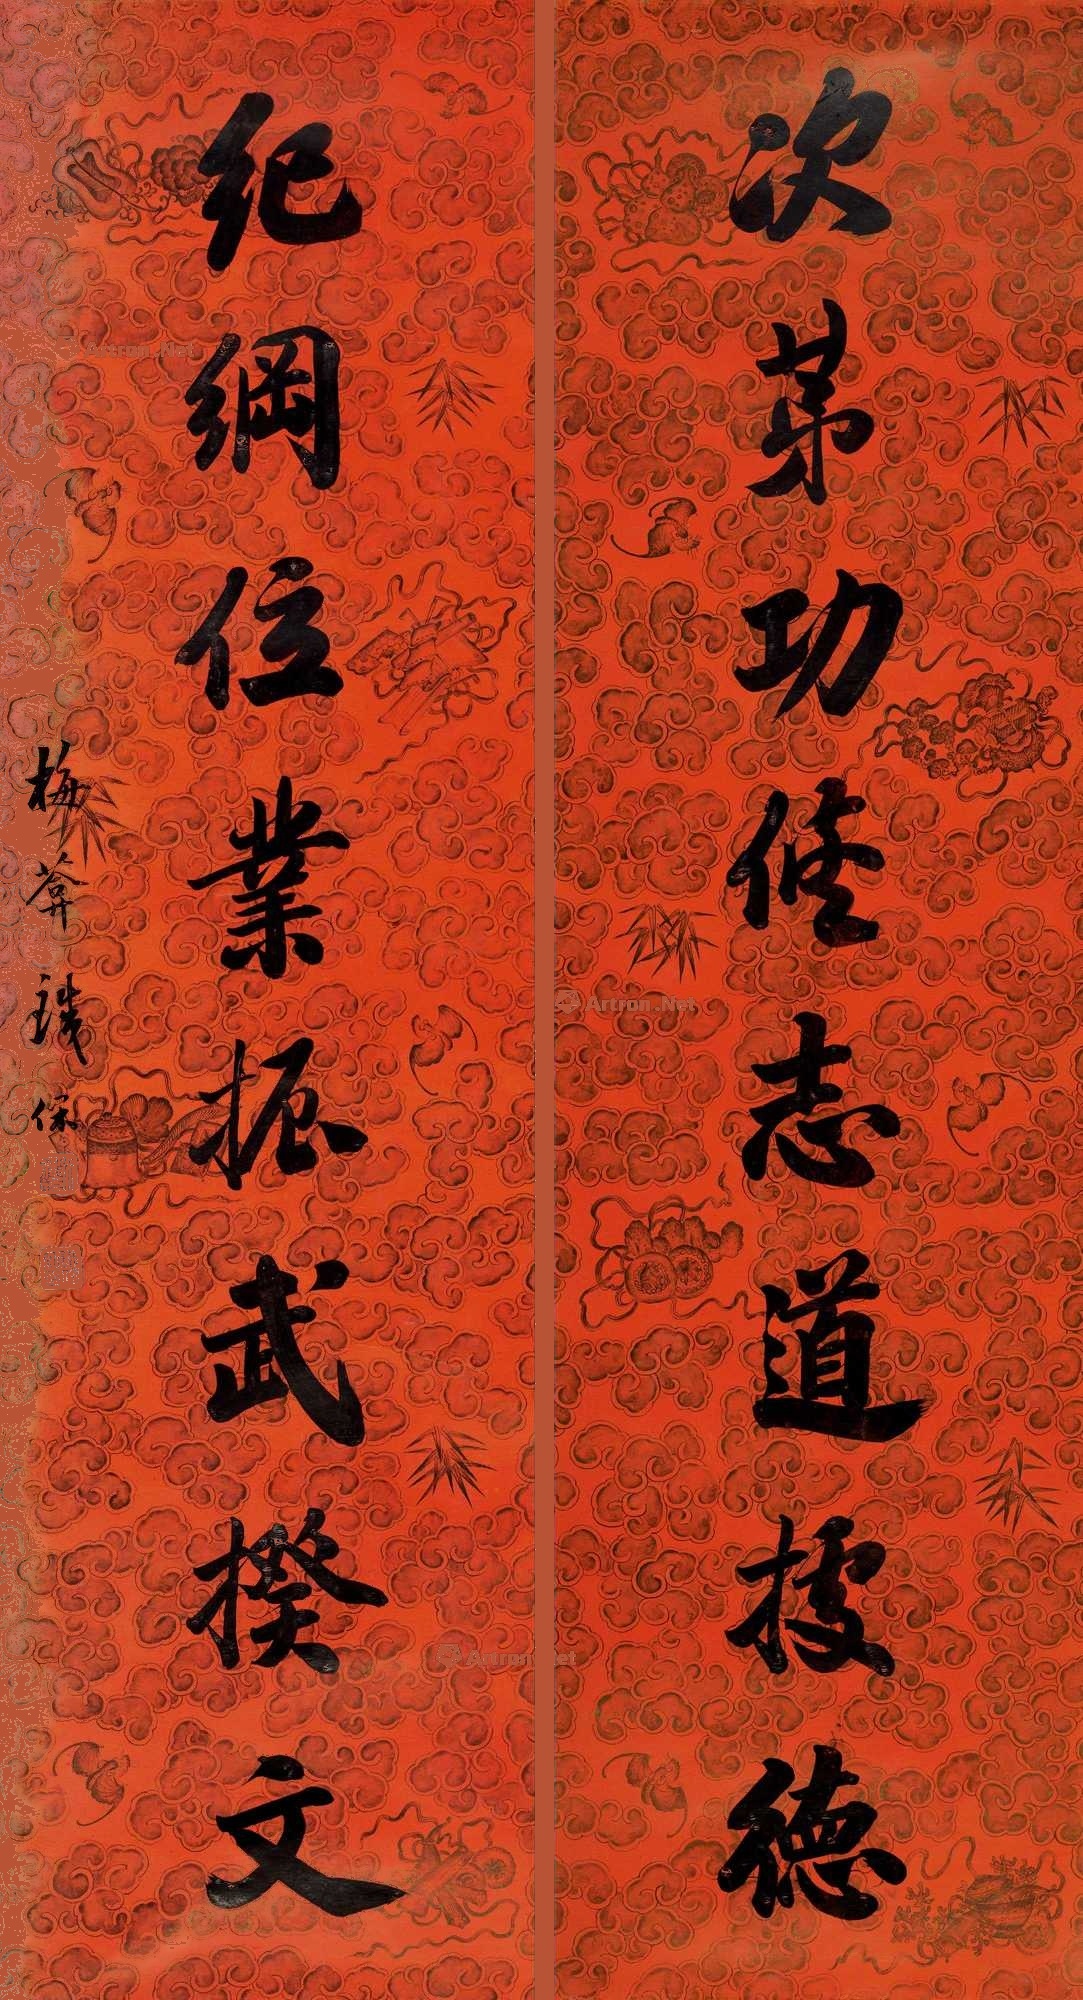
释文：次第功修志道据德，纪纲位业振武揆文。梅庵铁保。